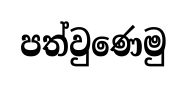
පත්වුණෙමු